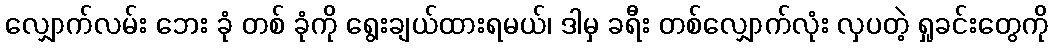
လျှောက်လမ်း ဘေး ခုံ တစ် ခုံကို ရွေးချယ်ထားရမယ်၊ ဒါမှ ခရီး တစ်လျှောက်လုံး လှပတဲ့ ရှုခင်းတွေကို